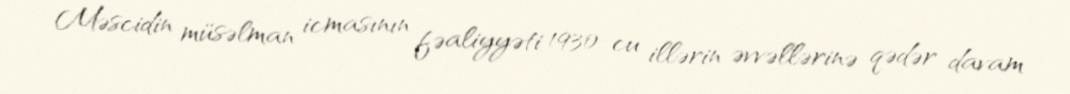
Məscidin müsəlman icmasının fəaliyyəti 1930-cu illərin əvvəllərinə qədər davam